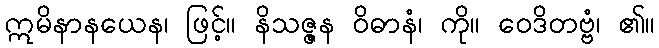
ဣမိနာနယေန၊ ဖြင့်။ နိသဇ္ဇန ဝိဓာနံ၊ ကို။ ဝေဒိတဗ္ဗံ၊ ၏။